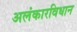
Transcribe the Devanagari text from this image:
अलंकारविधान